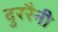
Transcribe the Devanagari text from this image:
दुररैनी